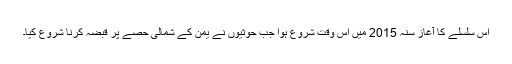
اس سلسلے کا آغاز سنہ 2015 میں اس وقت شروع ہوا جب حوثیوں نے یمن کے شمالی حصے پر قبضہ کرنا شروع کیا۔